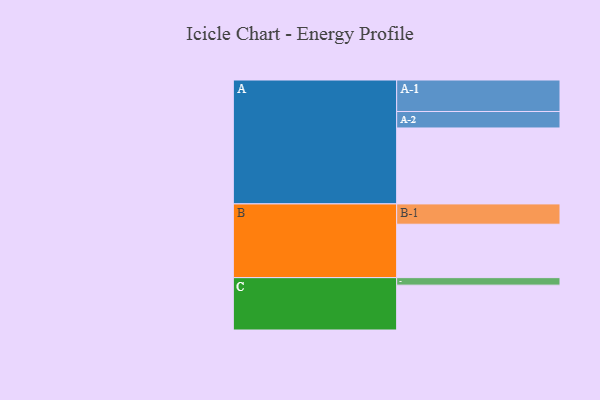
{"axis": {"x": "Segment", "y": "Value"}, "legend": ["", "A", "B", "C"], "data": [{"x": "A", "y": 557, "type": ""}, {"x": "B", "y": 392, "type": ""}, {"x": "C", "y": 329, "type": ""}, {"x": "A-1", "y": 231, "type": "A"}, {"x": "A-2", "y": 121, "type": "A"}, {"x": "B-1", "y": 149, "type": "B"}, {"x": "C-1", "y": 55, "type": "C"}]}